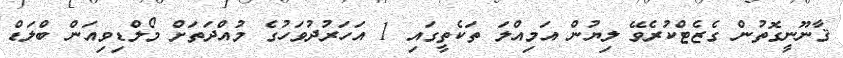
ޤާނޫނީގޮތުން ގެޒެޓްކުރެވޭ ލިޔުން އަމިއްލަ ތަކެތީގައި 1 އަހަރުދުވަހުގެ މުއްދަތަށް މޯލްޑިވިއަން ބްލަޑް